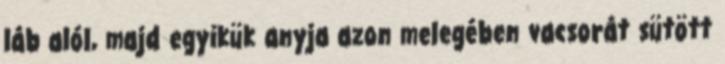
láb alól, majd egyikük anyja azon melegében vacsorát sütött